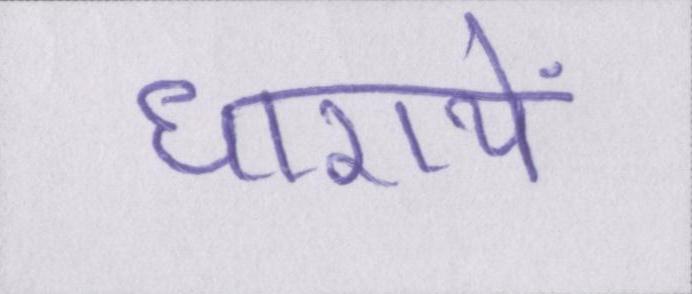
धारायें